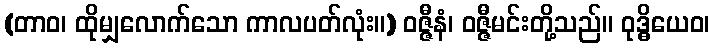
(တာဝ၊ ထိုမျှလောက်သော ကာလပတ်လုံး။) ဝဇ္ဇီနံ၊ ဝဇ္ဇီမင်းတို့သည်။ ဝုဒ္ဓိယေဝ၊